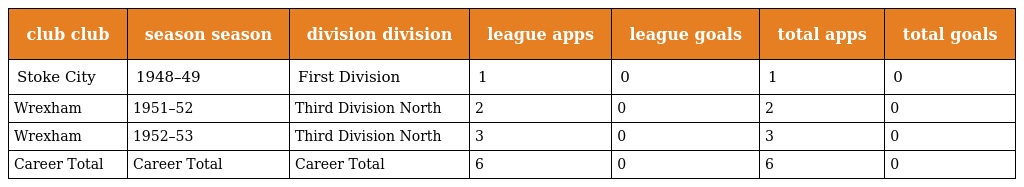
| club club | season season | division division | league apps | league goals | total apps | total goals |
 | --- | --- | --- | --- | --- | --- | --- |
 | Stoke City | 1948–49 | First Division | 1 | 0 | 1 | 0 |
 | Wrexham | 1951–52 | Third Division North | 2 | 0 | 2 | 0 |
 | Wrexham | 1952–53 | Third Division North | 3 | 0 | 3 | 0 |
 | Career Total | Career Total | Career Total | 6 | 0 | 6 | 0 |